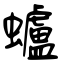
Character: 蠦